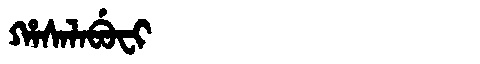
Manchu: ᡥᠠᠰᠠᠯᠠᠪᡠᠸᡳ
Romanization: HASALABUFI